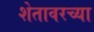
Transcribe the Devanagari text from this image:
शेतावरच्या